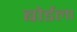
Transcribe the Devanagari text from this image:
बोर्डला